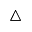
\bigtriangleup